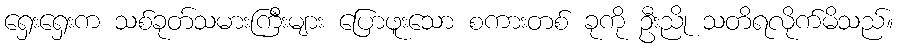
ရှေးရှေးက သစ်ခုတ်သမားကြီးများ ပြောဖူးသော စကားတစ် ခုကို ဦးညို သတိရလိုက်မိသည်။